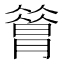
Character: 𦠡